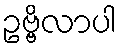
ဥဗ္ဗိလာပါ